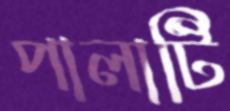
পালাটি